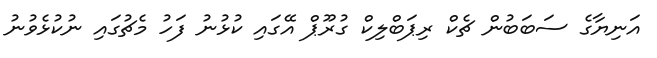
އަނިޔާގެ ސަބަބުން ޗެކް ރިޕަބްލިކް ގުރޫޕް އޭގައި ކުޅުނު ފަހު މެޗުގައި ނުކުޅެވުނު